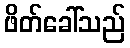
ဖိတ်ခေါ်သည်